Subject: eess
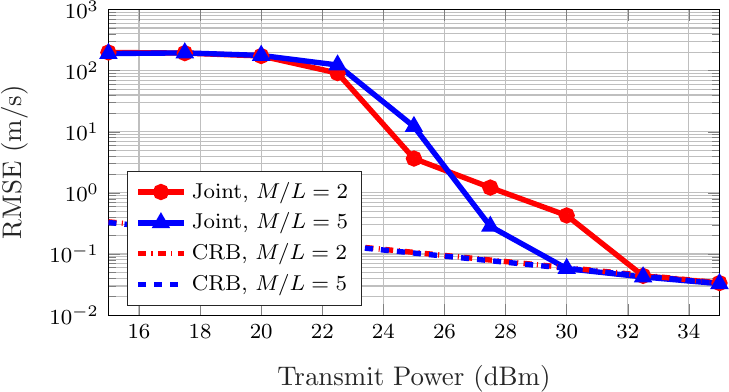
LaTeX code:
\begin{tikzpicture}[scale=0.8\columnwidth/10cm,font=\footnotesize]
\begin{axis}[%
width=8 cm,
height=4 cm,
at={(1.011in,0.642in)},
scale only axis,
xmin=15,
xmax=35,
xlabel style={font=\color{white!15!black}},
xlabel={Transmit Power (dBm)},
ymode=log,
ymin=0.01,
ymax=1000,
yminorticks=true,
ylabel style={font=\color{white!15!black}},
ylabel={RMSE (m/s)},
axis background/.style={fill=white},
xmajorgrids,
ymajorgrids,
yminorgrids,
legend pos=south west,
legend style={legend cell align=left, align=left, draw=white!15!black}
]
\addplot [color=red, line width=2.0pt, mark=o, mark options={solid, red}]
  table[row sep=crcr]{%
15	199.243780158084\\
17.5000000000000	194.163167940730\\
20	174.228060997417\\
22.5000000000000	91.3895720013635\\
25	3.65264668570572\\
27.5000000000000	1.22272600933260\\
30	0.427381773468185\\
32.5000000000000	0.0439498826946753\\
35	0.0334928255770541\\
};
\addlegendentry{Joint, $M/L=2$}

\addplot [color=blue, line width=2.0pt, mark=triangle, mark options={solid, blue}]
  table[row sep=crcr]{%
15	190.855917549964\\
17.5000000000000	195.664218994481\\
20	178.050278183231\\
22.5000000000000	123.834231220601\\
25	12.1888612815114\\
27.5000000000000	0.283925327056736\\
30	0.0577413244336539\\
32.5000000000000	0.0421210208191051\\
35	0.0327317648156685\\
};
\addlegendentry{Joint, $M/L=5$}

\addplot [color=red, dashdotted, line width=2.0pt]
  table[row sep=crcr]{%
15	0.336285841175641\\
17.5000000000000	0.252178804979125\\
20	0.189107425571529\\
22.5000000000000	0.141810563378049\\
25	0.106342920299630\\
27.5000000000000	0.0797459401357261\\
30	0.0598010187254517\\
32.5000000000000	0.0448444376542461\\
35	0.0336285841178686\\
};
\addlegendentry{CRB, $M/L=2$}

\addplot [color=blue, dashed, line width=2.0pt]
  table[row sep=crcr]{%
15	0.327917487523110\\
17.5000000000000	0.245903425032826\\
20	0.184401554487220\\
22.5000000000000	0.138281657902165\\
25	0.103696614517354\\
27.5000000000000	0.0777614907540377\\
30	0.0583128916254873\\
32.5000000000000	0.0437284997595780\\
35	0.0327917487524856\\
};
\addlegendentry{CRB, $M/L=5$}

\end{axis}
\end{tikzpicture}%